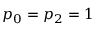
p _ { 0 } = p _ { 2 } = 1